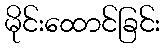
မိုင်းထောင်ခြင်း